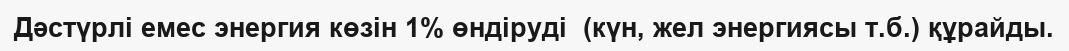
Дәстүрлі емес энергия көзін 1% өндіруді  (күн, жел энергиясы т.б.) құрайды.